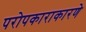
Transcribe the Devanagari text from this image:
परोपकाराकारणे